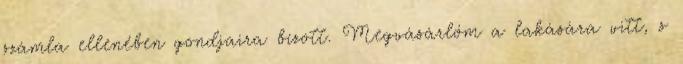
számla ellenében gondjaira bízott. Megvásárlóm a lakására vitt, s